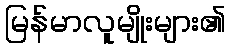
မြန်မာလူမျိုးများ၏